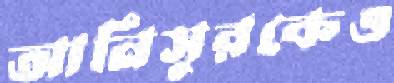
আনিসুরকেও